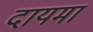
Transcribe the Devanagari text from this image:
दायमा